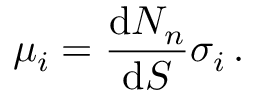
\mu _ { i } = \frac { \textup d N _ { n } } { \textup d S } \sigma _ { i } \, .